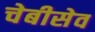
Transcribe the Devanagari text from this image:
चेबीसेव